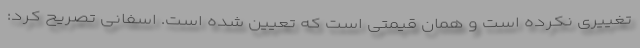
تغییری نکرده است و همان قیمتی است که تعیین شده است. اسفانی تصریح کرد: